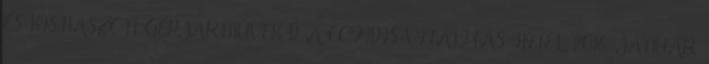
ÉS KISHASZON-GÉPJÁRMŰVEK D A COFIDIS VITALITÁS HITEL 2016. JANUÁR